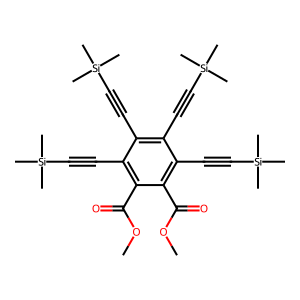
SMILES: COC(=O)c1c(C#C[Si](C)(C)C)c(C#C[Si](C)(C)C)c(C#C[Si](C)(C)C)c(C#C[Si](C)(C)C)c1C(=O)OC
Inhibits HIV replication: No